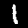
Digit: 1